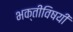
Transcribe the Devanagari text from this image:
भक्तीविषयीं